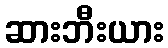
ဆားဘီးယား